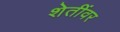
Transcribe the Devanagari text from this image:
शेतींवर